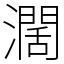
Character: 濶